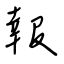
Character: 報